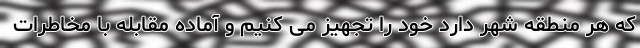
که هر منطقه شهر دارد خود را تجهیز می کنیم و آماده مقابله با مخاطرات